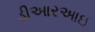
ડીઆરઆઇ